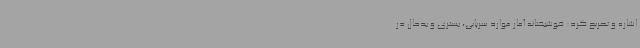
اشاره و تصریح کرد: خوشبختانه آمار موارد سرپایی، بستری و بدحال در